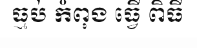
ធ្មប់ កំពុង ធ្វើ ពិធី